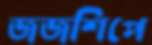
জজশিপে